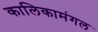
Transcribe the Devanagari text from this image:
कालिकामंगल